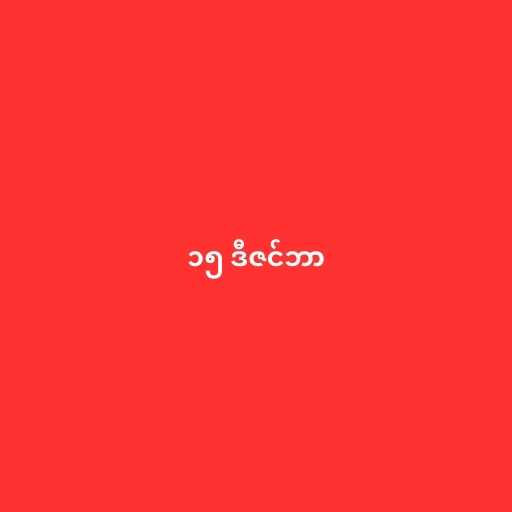
၁၅ ဒီဇင်ဘာ